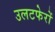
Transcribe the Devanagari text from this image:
उलटफेरों